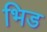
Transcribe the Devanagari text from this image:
भिड